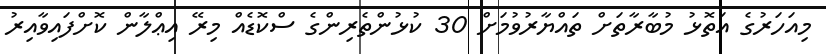
މިއަހަރުގެ އަތޮޅު މުބާރާތަށް ތައްޔާރުވުމަށް 30 ކުޅުންތެރިންގެ ސްކޮޑެއް މިރޭ އިޢްލާން ކޮށްފައިވާއިރު